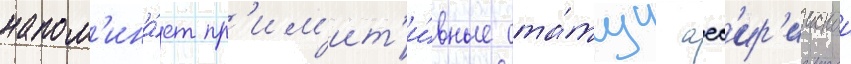
напом'ина́ет пр'им'ит'и́вные ста́туи асс'ир'иискои